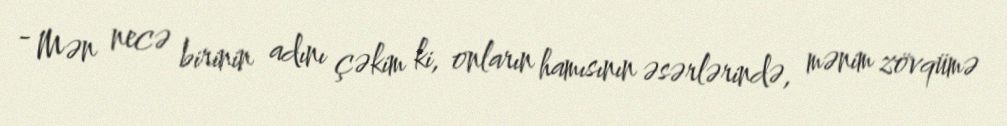
- Mən necə birinin adını çəkim ki, onların hamısının əsərlərində, mənim zövqümə